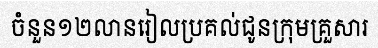
ចំនួន១២លានរៀលប្រគល់ជូនក្រុមគ្រួសារ